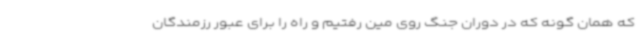
که همان گونه که در دوران جنگ روی مین رفتیم و راه را برای عبور رزمندگان